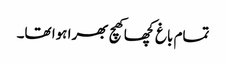
تمام باغ کچھا کھچ بھرا ہوا تھا۔